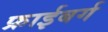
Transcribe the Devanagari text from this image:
फ्राईबर्ग